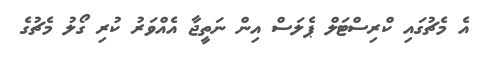
އެ މެޗުގައި ކްރިސްޓަލް ޕެލަސް އިން ނަތީޖާ އެއްވަރު ކުރި ގޯލު މެޗުގެ